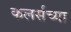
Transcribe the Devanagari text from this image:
कलर्सच्या